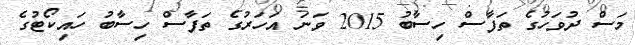
މަސް ދުވަހުގެ ތަފާސް ހިސާބު 2015 ވަނަ އަހަރުގެ ތަފާސް ހިސާބު ހައިކޯޓުގެ